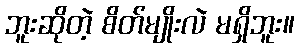
ဘူးဆိုတဲ့ စိတ်မျိုးလဲ မရှိဘူး။